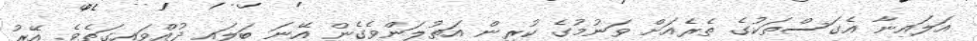
އަލައިނާ އެގަސްތަކުގެ ތެރެއަށް ވަނުމުގެ ކުރިން އަތުލަންވެގެން އޭނަ ބަލައި ދުއްވައިގަތެވެ. އޭރު